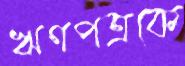
ঋণপত্রকে